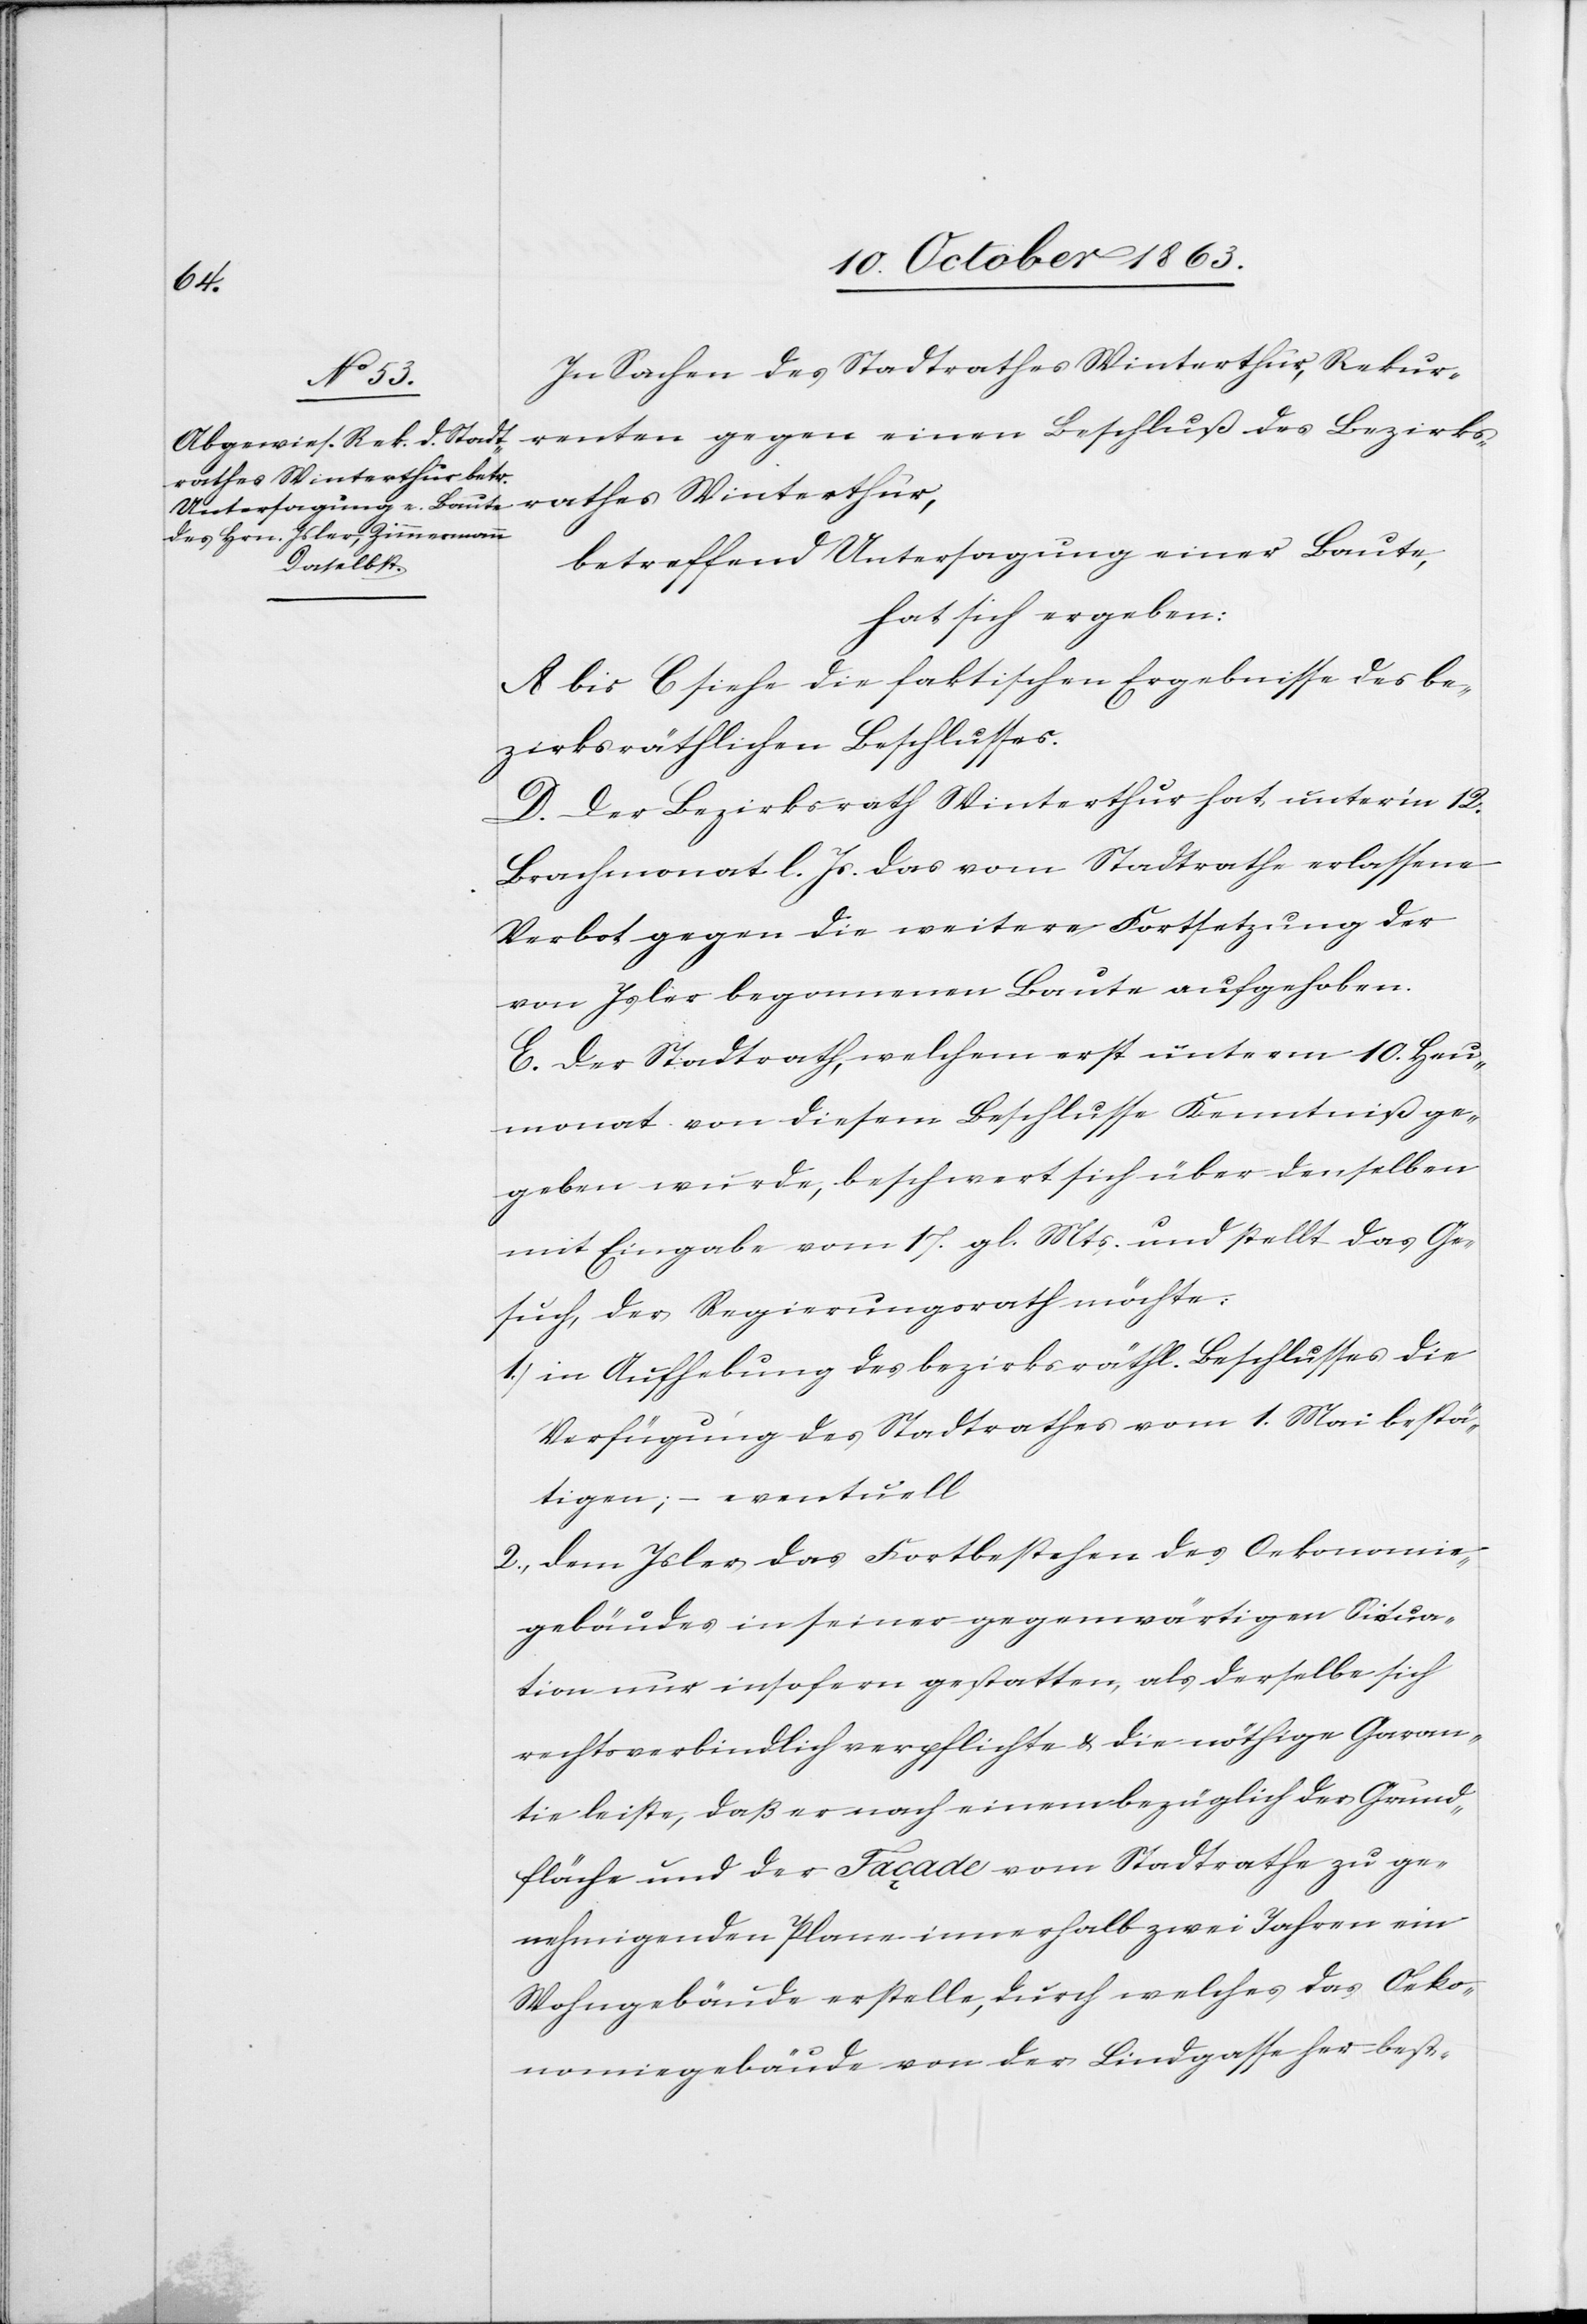
In Sachen des Stadtrathes Winterthur, Rekur¬
renten gegen einen Beschluß des Bezirks¬
rathes Winterthur,
betreffend Untersagung einer Baute,
hat sich ergeben:
A bis C siehe die faktischen Ergebnisse des be¬
zirksräthlichen Beschlusses.
D. Der Bezirksrath Winterthur hat unter'm 12.
Brachmonat l. Js. das vom Stadtrathe erlassene
Verbot gegen die weitere Fortsetzung der
von Isler begonnenen Baute aufgehoben.
E. Der Stadtrath, welchem erst unterm 10. Heu¬
monat von diesem Beschlusse Kenntniß ge¬
geben wurde, beschwert sich über denselben
mit Eingabe vom 17. gl. Mts. und stellt das Ge¬
such, der Regierungsrath möchte:
1.) in Aufhebung des bezirksräthl. Beschlusses die
Verfügung des Stadtrathes vom 1. Mai bestä¬
tigen; – eventuell
2.) dem Isler das Fortbestehen des Oekonomie¬
gebäudes in seiner gegenwärtigen Situa¬
tion nur insofern gestatten, als derselbe sich
rechtsverbindlich verpflichte & die nöthige Garan¬
tie leiste, daß er nach einem bezüglich der Grund¬
fläche und der Façade vom Stadtrathe zu ge¬
nehmigenden Plane innerhalb zwei Jahren ein
Wohngebäude erstelle, durch welches das Oeko¬
nomiegebäude von der Lindgasse her best-